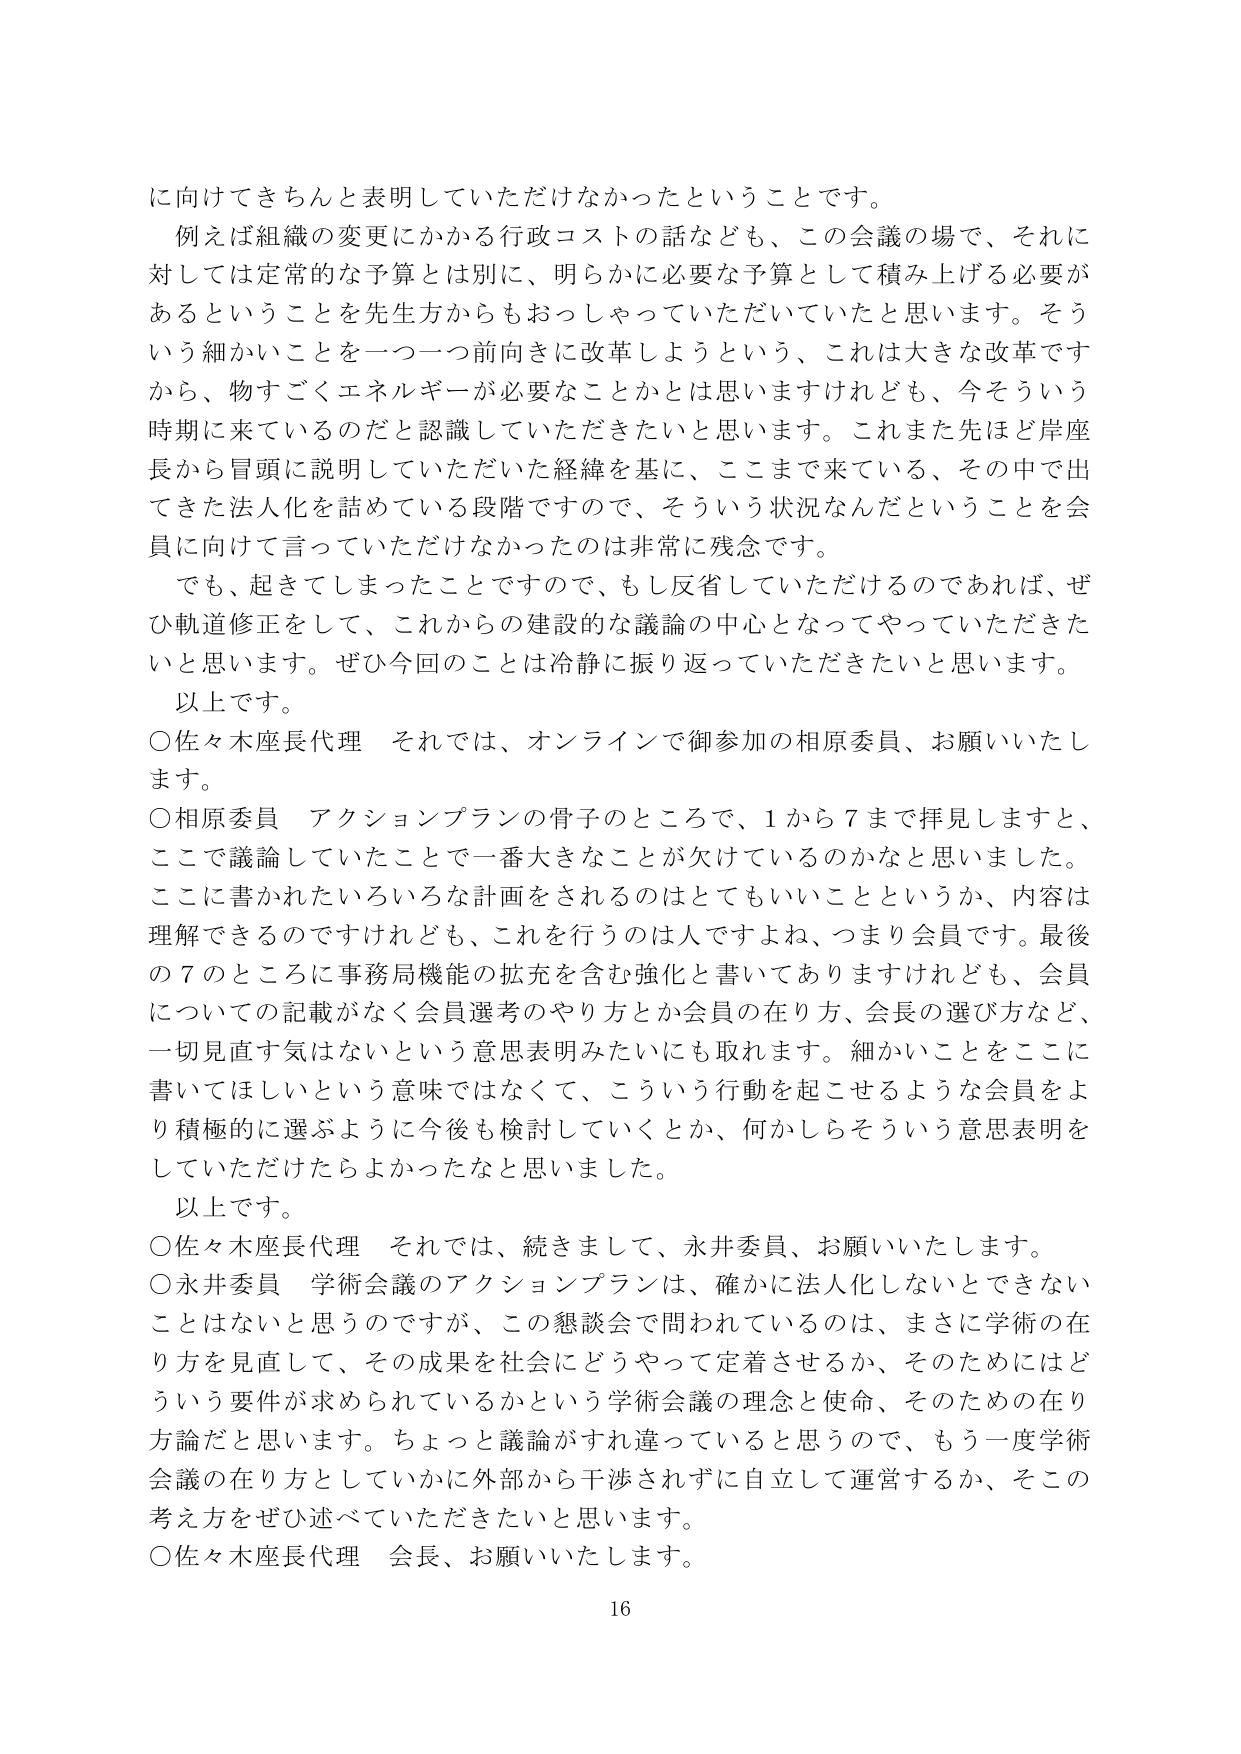
に向けてきちんと表明していただけなかったということです。

例えば組織の変更にかかる行政コストの話なども、この会議の場で、それに対しては定常的な予算とは別に、明らかに必要な予算として積み上げる必要があるということを先生方からもおっしゃっていただいていたと思います。そういう細かいことを一つ一つ前向きに改革しようという、これは大きな改革ですから、物すごくエネルギーが必要なことかとは思いますけれども、今そういう時期に来ているのだと認識していただきたいと思います。これまた先ほど岸座長から冒頭に説明していただいた経緯を基に、ここまで来ている、その中で出てきた法人化を詰めている段階ですので、そういう状況なんだということを会員に向けて言っていただけなかったのは非常に残念です。

でも、起きてしまったことですので、もし反省していただけるのであれば、ぜひ軌道修正をして、これからの建設的な議論の中心となってやっていただきたいと思います。ぜひ今回のこととは冷静に振り返っていただきたいと思います。

以上です。

○佐々木座長代理　それでは、オンラインで御参加の相原委員、お願いいたします。

○相原委員　アクションプランの骨子のところで、1から7まで拝見しますと、ここで議論していたことで一番大きなことが欠けているのかなと思いました。ここに書かれたいろいろな計画をされるのはとてもいいことというか、内容は理解できるのですけれども、これを行うのは人ですよね、つまり会員です。最後の7のところに事務局機能の拡充を含む強化と書いてありますけれども、会員についての記載がなく会員選考のやり方とか会員の在り方、会長の選び方など、一切見直す気はないという意思表明みたいにも取れます。細かいことをここに書いてほしいという意味ではなくて、こういう行動を起こせるような会員をより積極的に選ぶように今後も検討していくとか、何かしらそういう意思表明をしていただけたらよかったなと思いました。

以上です。

○佐々木座長代理　それでは、続きまして、永井委員、お願いいたします。

○永井委員　学術会議のアクションプランは、確かに法人化しないとできないことはないと思うのですが、この懇談会で問われているのは、まさに学術の在り方を見直して、その成果を社会にどうやって定着させるか、そのためにはどういう要件が求められているかという学術会議の理念と使命、そのための在り方論だと思います。ちょっと議論がすれ違っていると思うので、もう一度学術会議の在り方としていかに外部から干渉されずに自立して運営するか、そこの考え方をぜひ述べていただきたいと思います。

○佐々木座長代理　会長、お願いいたします。

16